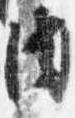
内